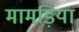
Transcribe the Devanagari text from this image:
मामड़िया